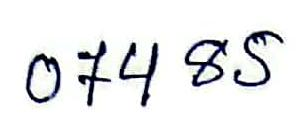
074 85